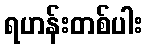
ရဟန်းတစ်ပါး